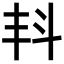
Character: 𣁮